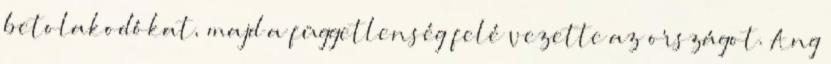
betolakodókat, majd a függetlenség felé vezette az országot. Ang